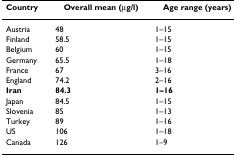
<table><thead><tr><td><b>Country</b></td><td><b>Overall mean (μg/l)</b></td><td><b>Age range (years)</b></td></tr></thead><tbody><tr><td>Austria</td><td>48</td><td>1–15</td></tr><tr><td>Finland</td><td>58.5</td><td>1–15</td></tr><tr><td>Belgium</td><td>60</td><td>1–15</td></tr><tr><td>Germany</td><td>65.5</td><td>1–18</td></tr><tr><td>France</td><td>67</td><td>3–16</td></tr><tr><td>England</td><td>74.2</td><td>2–16</td></tr><tr><td><b>Iran</b></td><td><b>84.3</b></td><td><b>1–16</b></td></tr><tr><td>Japan</td><td>84.5</td><td>1–15</td></tr><tr><td>Slovenia</td><td>85</td><td>1–13</td></tr><tr><td>Turkey</td><td>89</td><td>1–16</td></tr><tr><td>US</td><td>106</td><td>1–18</td></tr><tr><td>Canada</td><td>126</td><td>1–9</td></tr></tbody></table>